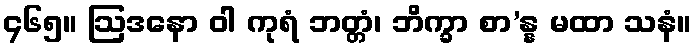
၄၆၅။ ဩဒနော ဝါ ကုရံ ဘတ္တံ၊ ဘိက္ခာ စာ’န္န မထာ သနံ။